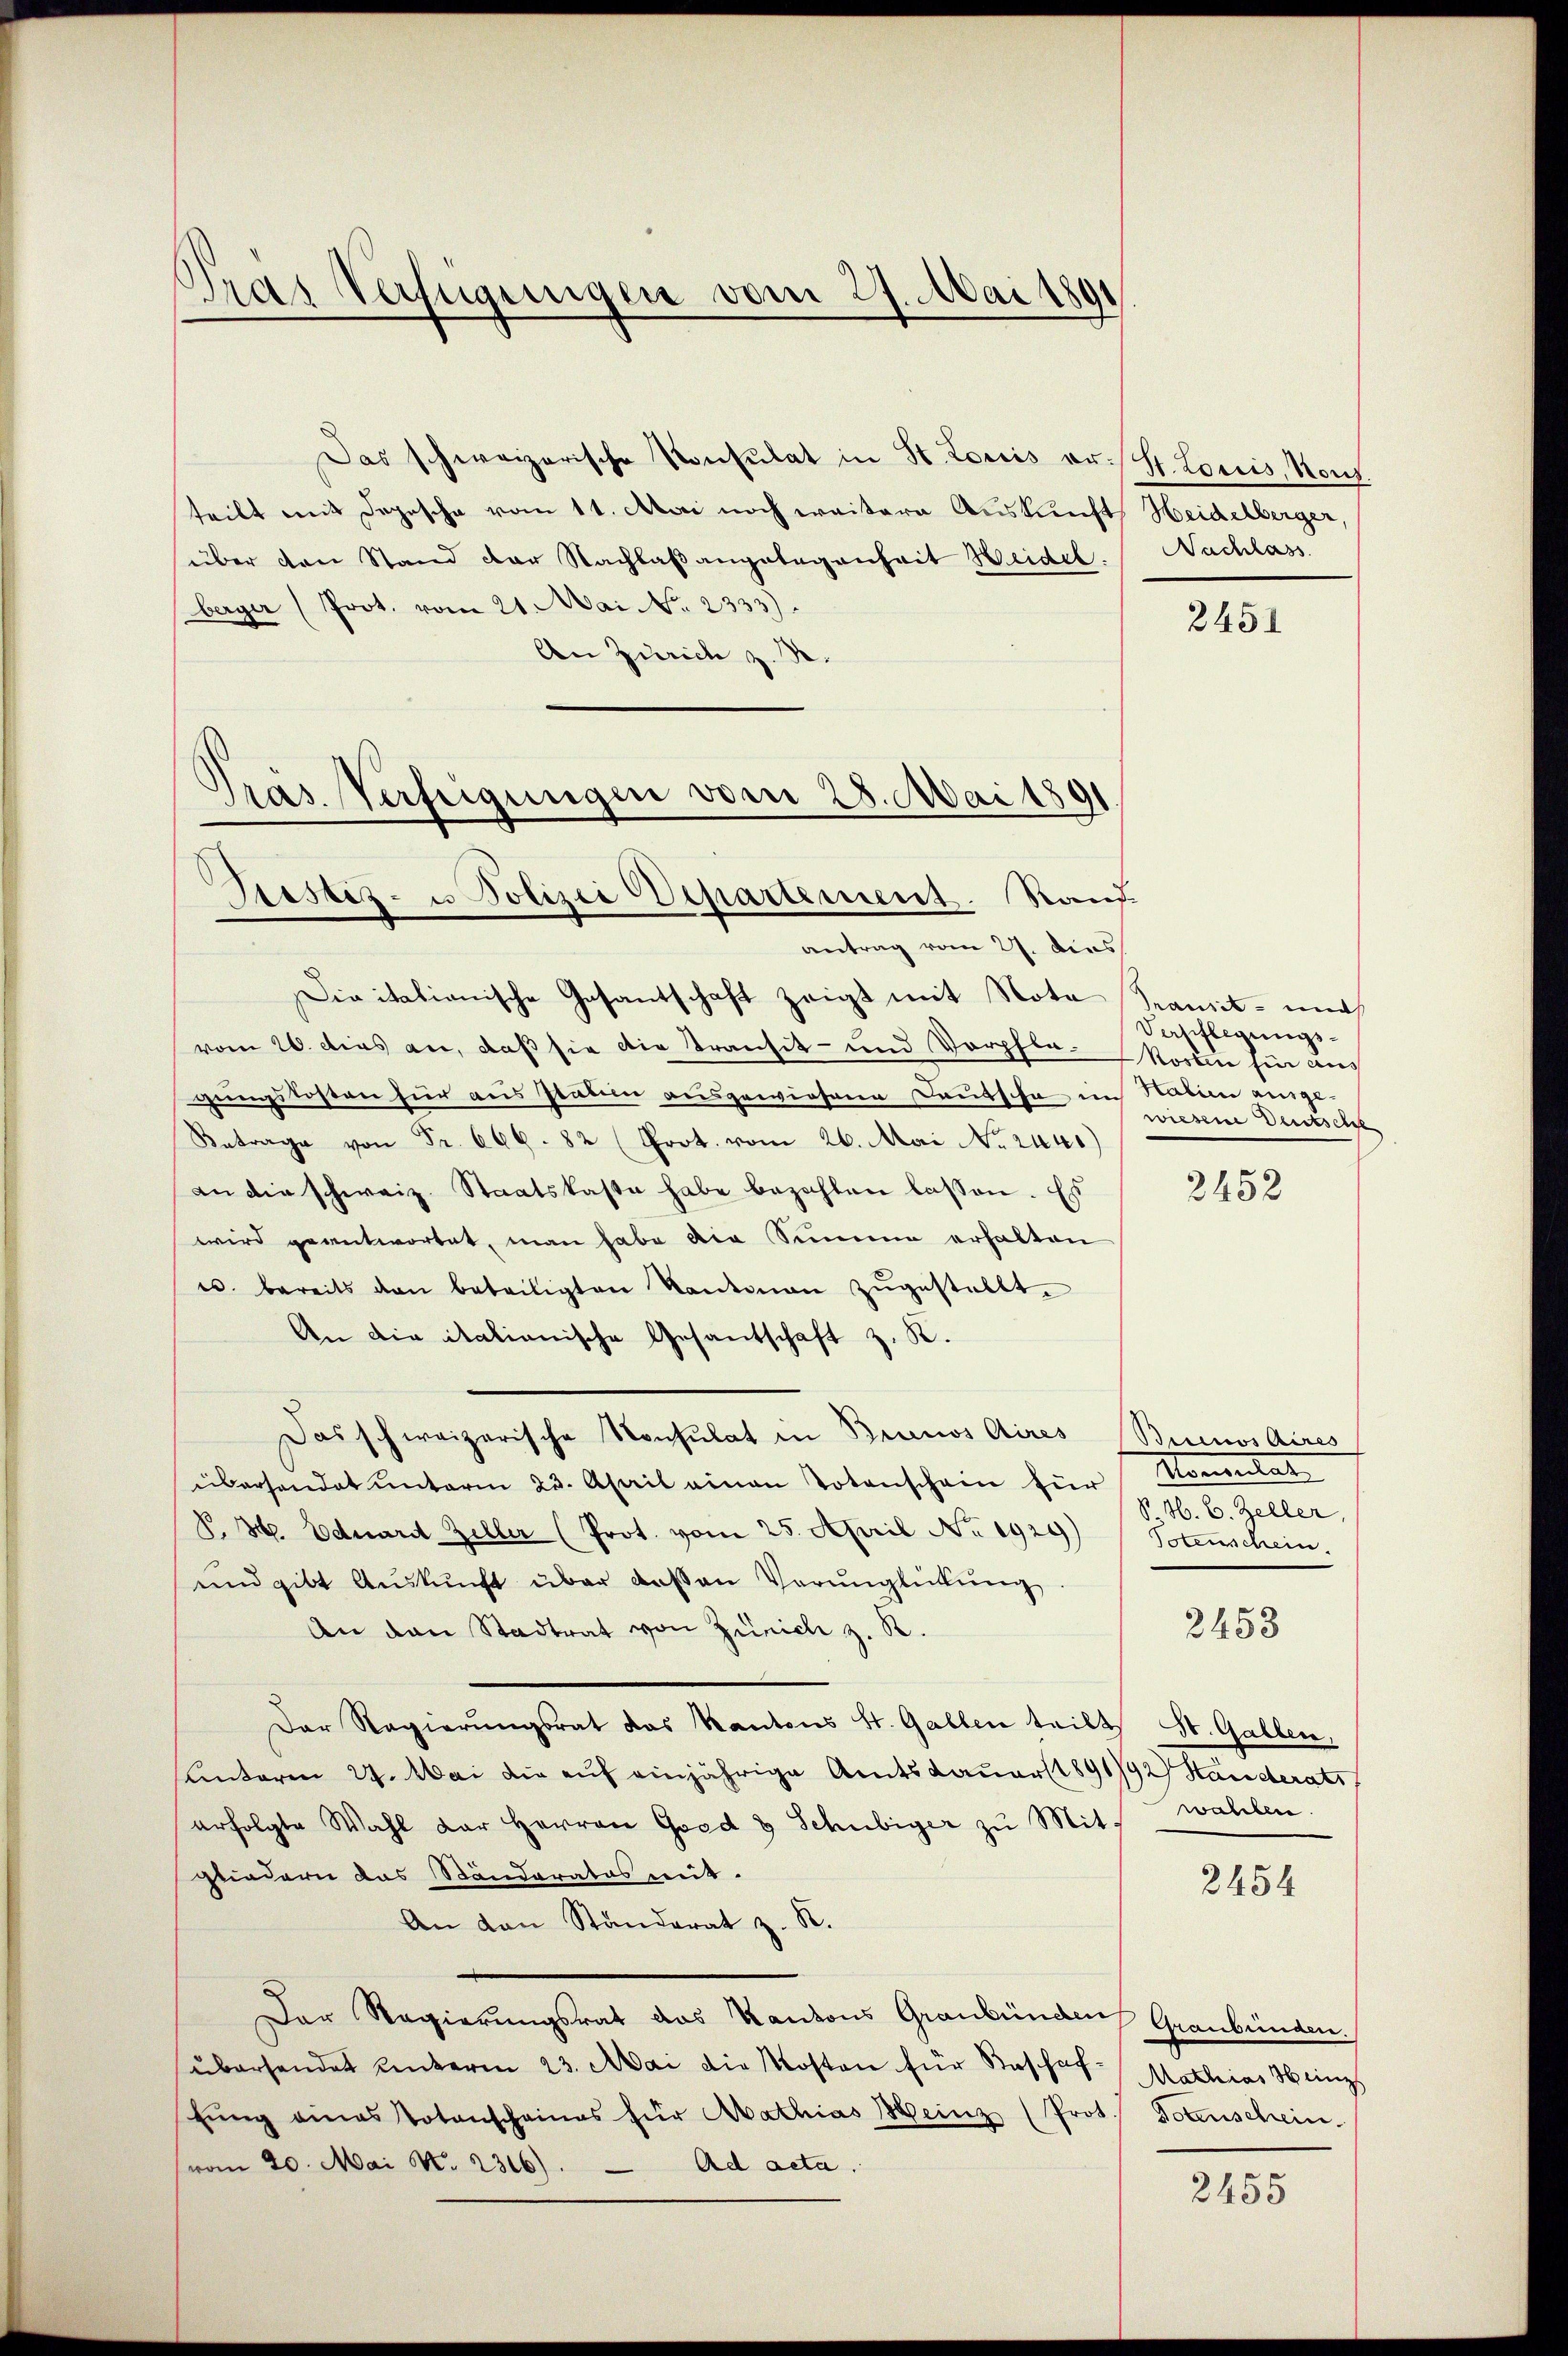
Pras Verfügungen vom 27. Mai 1891

Das schweizerische Konsulat in St. Loriis er H. Loriis, Konz
teilt mit Depesche vom 11. Mai noch weitere Auskunft, Heidelberger
über den Stand der Nachlaßangelegenheit Heidel. Nachlass
berger (Prot. vom 21. Mai No 2333).
An Zürich z. R.

pas. Verfügungen vom 28. Mai 1891
Justiz- u Polizei Departement. Rand

antrag vom 27. dies
Divitationische Gesantschaft zeigt mit Nota Sanit- und
vom 20. dies an, daß sie die Transit- und Verpfle-Moren für aus
gungskosten für aus staten ausgewiesene Deutsche im Habien ausge-
Betrage von Fr. 666. 82 (Prot. vom 26. Mai No 244)
an die schweiz. Staatskaste habe bezahlen lassen. Es
wird geantwortet, man habe die Summe erhalten
u. bereits den beteiligten Kantonen zugestellt.
An die italienische Gesandschaft z. K.
Das schweizerische Konsulat in Brunos Aires Buenos Aires
überhandet unterm 23. April einen Totenschein für Konsulat
V. B. Eduard Zeller (Prot. vom 25. April No 1929 (Totenschein.
ŭnd gibt Aŭskŭnft über dassen Verŭnglückŭng
An den Stadtrat von Zürich z. R.
Der Regierŭngsrat das Kantons St. Gallen teilt.
unterm 24. Mai die auf einjährige Amtsdauerst 1891/92 Ständerats
erfolgte Wahl der Herren Grad & Schubiger zu Mit-
gliedern das Ständeratus mit.
An van Ständerat z. R.
Der Regierungsrat das Kantons Graubünden Graubünden.
überhandet unterm 23. Mai die Kosten für Baschef-Mathias Weinz
tŭng eines Totenschaines für Aathias Heinz (Prot. Potenschein.
(vom 20. Mai N. 2316). Ad acta.

2451

Verpflegungswiesene Deutsche

2452

V. H. E. Zeller,

2458

St. Gallen,
wahlen.

2454

2455